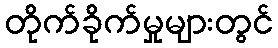
တိုက်ခိုက်မှုများတွင်